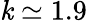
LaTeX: \mathit{k}\simeq1.9